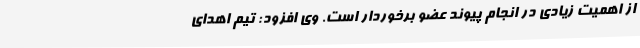
از اهمیت زیادی در انجام پیوند عضو برخوردار است. وی افزود: تیم اهدای